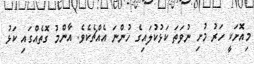
މިއޮށަކީ ހަރު މުށި ނުވަތަ ކަޅުކުލައިގެ ހުންނަ އެއްޗެކެވެ. އާންމު ގޮތެއްގައި ކަޅު